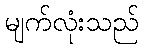
မျက်လုံးသည်